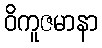
ဝိကူဇမာနာ